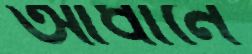
আধীনে